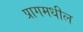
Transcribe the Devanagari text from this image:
प्रागमधील